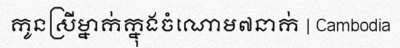
កូនស្រីម្នាក់ក្នុងចំណោម៧នាក់ | Cambodia